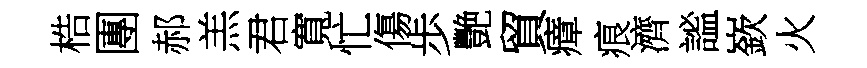
梏團郝羔君寬忙傷歩艷貿瘴痕濟謐嶔火